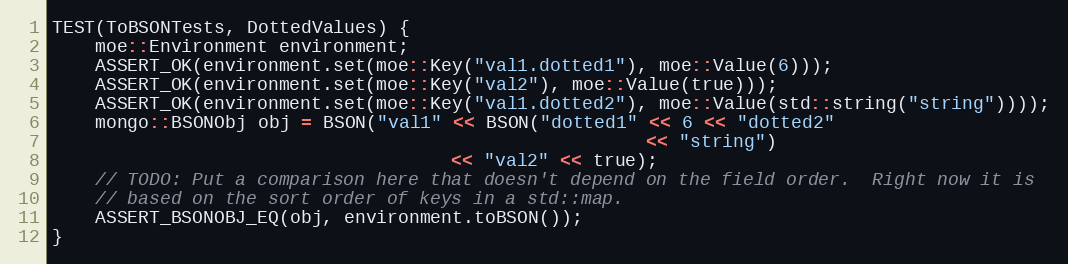
Language: C++
TEST(ToBSONTests, DottedValues) {
    moe::Environment environment;
    ASSERT_OK(environment.set(moe::Key("val1.dotted1"), moe::Value(6)));
    ASSERT_OK(environment.set(moe::Key("val2"), moe::Value(true)));
    ASSERT_OK(environment.set(moe::Key("val1.dotted2"), moe::Value(std::string("string"))));
    mongo::BSONObj obj = BSON("val1" << BSON("dotted1" << 6 << "dotted2"
                                                       << "string")
                                     << "val2" << true);
    // TODO: Put a comparison here that doesn't depend on the field order.  Right now it is
    // based on the sort order of keys in a std::map.
    ASSERT_BSONOBJ_EQ(obj, environment.toBSON());
}